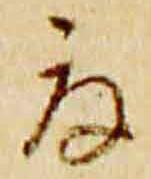
夏